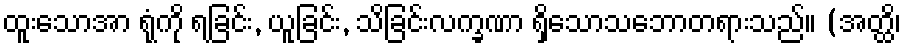
ထူးသောအာ ရုံကို ရခြင်း, ယူခြင်း, သိခြင်းလက္ခဏာ ရှိသောသဘောတရားသည်။ (အတ္ထိ၊